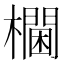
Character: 𰙀